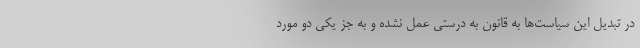
در تبدیل این سیاست‌ها به قانون به درستی عمل نشده و به جز یکی دو مورد